画像に写った文字を読んでください
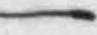
「一」と書いてあります